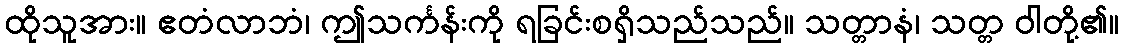
ထိုသူအား။ ဧတံလာဘံ၊ ဤသင်္ကန်းကို ရခြင်းစရှိသည်သည်။ သတ္တာနံ၊ သတ္တ ဝါတို့၏။